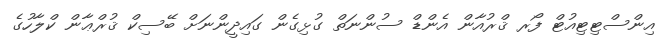
އިންސްޓިޓިއުޓް ފޯރ ޤްރުއާން އެންޑް ސުންނަތް ގުޅިގެން ގައިދީންނަށް ބޭސިކް ޤުރްޢާން ކްލާހުގެ